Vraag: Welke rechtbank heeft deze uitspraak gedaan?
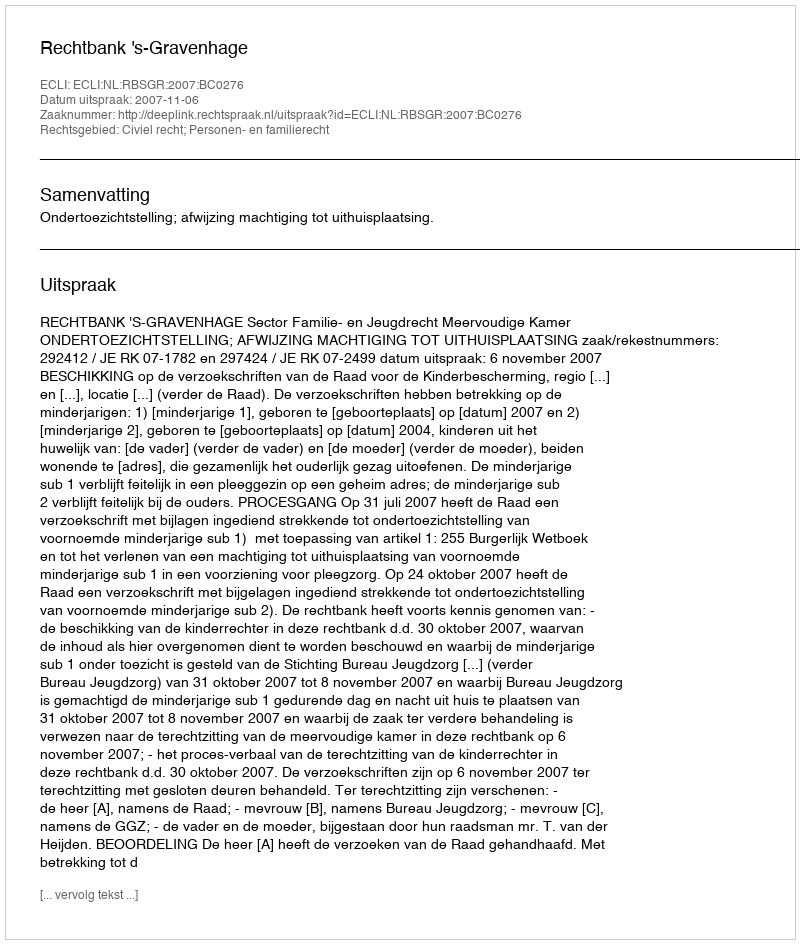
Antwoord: Rechtbank 's-Gravenhage